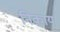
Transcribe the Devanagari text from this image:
निकाय